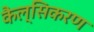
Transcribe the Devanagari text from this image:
कैल्सिकरण